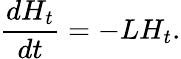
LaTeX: \frac{dH_{t}}{dt}=-LH_{t}.